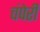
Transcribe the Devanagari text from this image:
चंपेरी